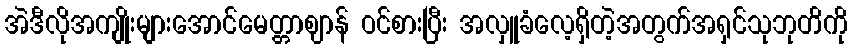
အဲဒီလိုအကျိုးများအောင်မေတ္တာဈာန် ဝင်စားပြီး အလှူခံလေ့ရှိတဲ့အတွက်အရှင်သုဘုတိကို